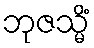
ဘုဇသ္မိံ